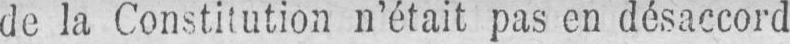
de la Constitution n’était pas en désaccord